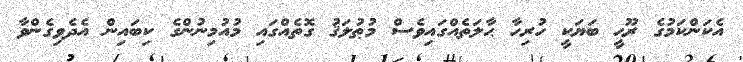
އެކަންކަމުގެ ރޫޙީ ބަޔަކީ ހުރިހާ ޙާލަތެއްގައިވެސް މުޠުލަޤު ގޮތެއްގައި މުއުމިނުންގެ ކިބައިން އެދެވިގެންވާ